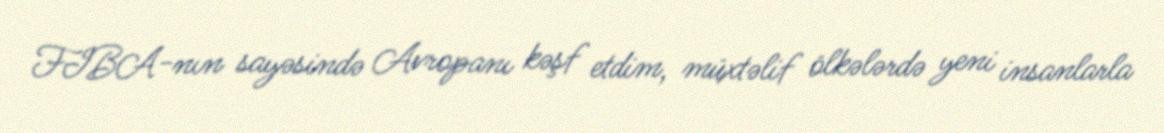
FIBA-nın sayəsində Avropanı kəşf etdim, müxtəlif ölkələrdə yeni insanlarla